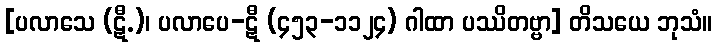
[ပလာသေ (ဋီ.)၊ ပလာပေ-ဋီ (၄၅၃-၁၁၂၄) ဂါထာ ပဿိတဗ္ဗာ] တိသယေ ဘုသံ။